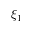
\xi _ { 1 }